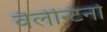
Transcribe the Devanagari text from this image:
वैलेन्टिनो